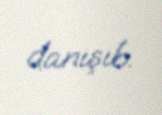
danışıb.